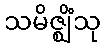
သမိဇ္ဈိံသု